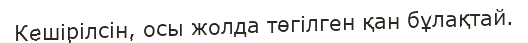
Кешірілсін, осы жолда төгілген қан бұлақтай.